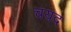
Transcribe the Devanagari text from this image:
चयद